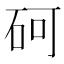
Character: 砢